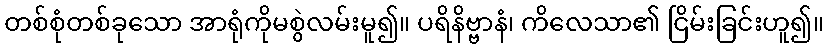
တစ်စုံတစ်ခုသော အာရုံကိုမစွဲလမ်းမူ၍။ ပရိနိဗ္ဗာနံ၊ ကိလေသာ၏ ငြိမ်းခြင်းဟူ၍။